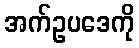
အက်ဥပဒေကို